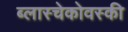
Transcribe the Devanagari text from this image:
ब्लास्चेकोवस्की